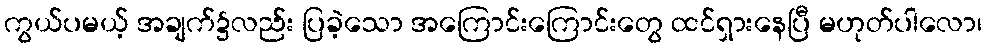
ကွယ်ပမယ့် အချက်၌လည်း ပြခဲ့သော အကြောင်းကြောင်းတွေ ထင်ရှားနေပြီ မဟုတ်ပါလော၊